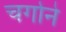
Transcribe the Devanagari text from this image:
चर्गाने